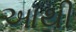
આથી